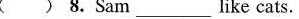
( ) 8.Sam___ like cats.